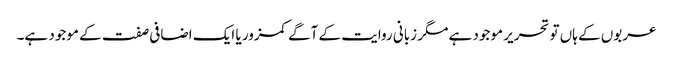
عربوں کے ہاں تو تحریر موجود ہے مگر زبانی روایت کے آگے کمزور یا ایک اضافی صفت کے موجود ہے۔